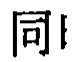
同！